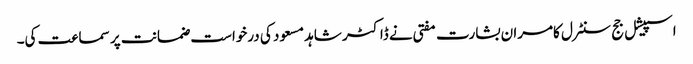
اسپیشل جج سنٹرل کامران بشارت مفتی نے ڈاکٹر شاہد مسعود کی درخواست ضمانت پر سماعت کی۔